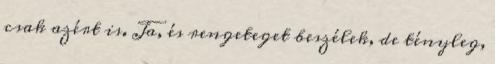
csak azért is. Ja, és rengeteget beszélek, de tényleg,